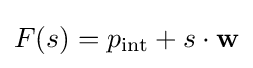
F(s)=p_{\mathrm {int} }+s\cdot \mathbf {w}